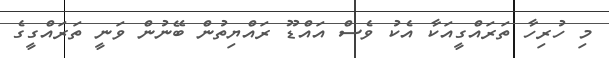
މި ހުރިހާ ތަރައްގީއަކާ އެކު ވެސް އައްޑޫ ރައްޔިތުން ބޭނުން ވަނީ ތަރައްގީގެ